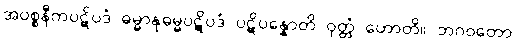
အပစ္စနီကပဋိပဒံ ဓမ္မာနုဓမ္မပဋိပဒံ ပဋိပန္နောတိ ဝုတ္တံ ဟောတိ။ ဘဂဝတော